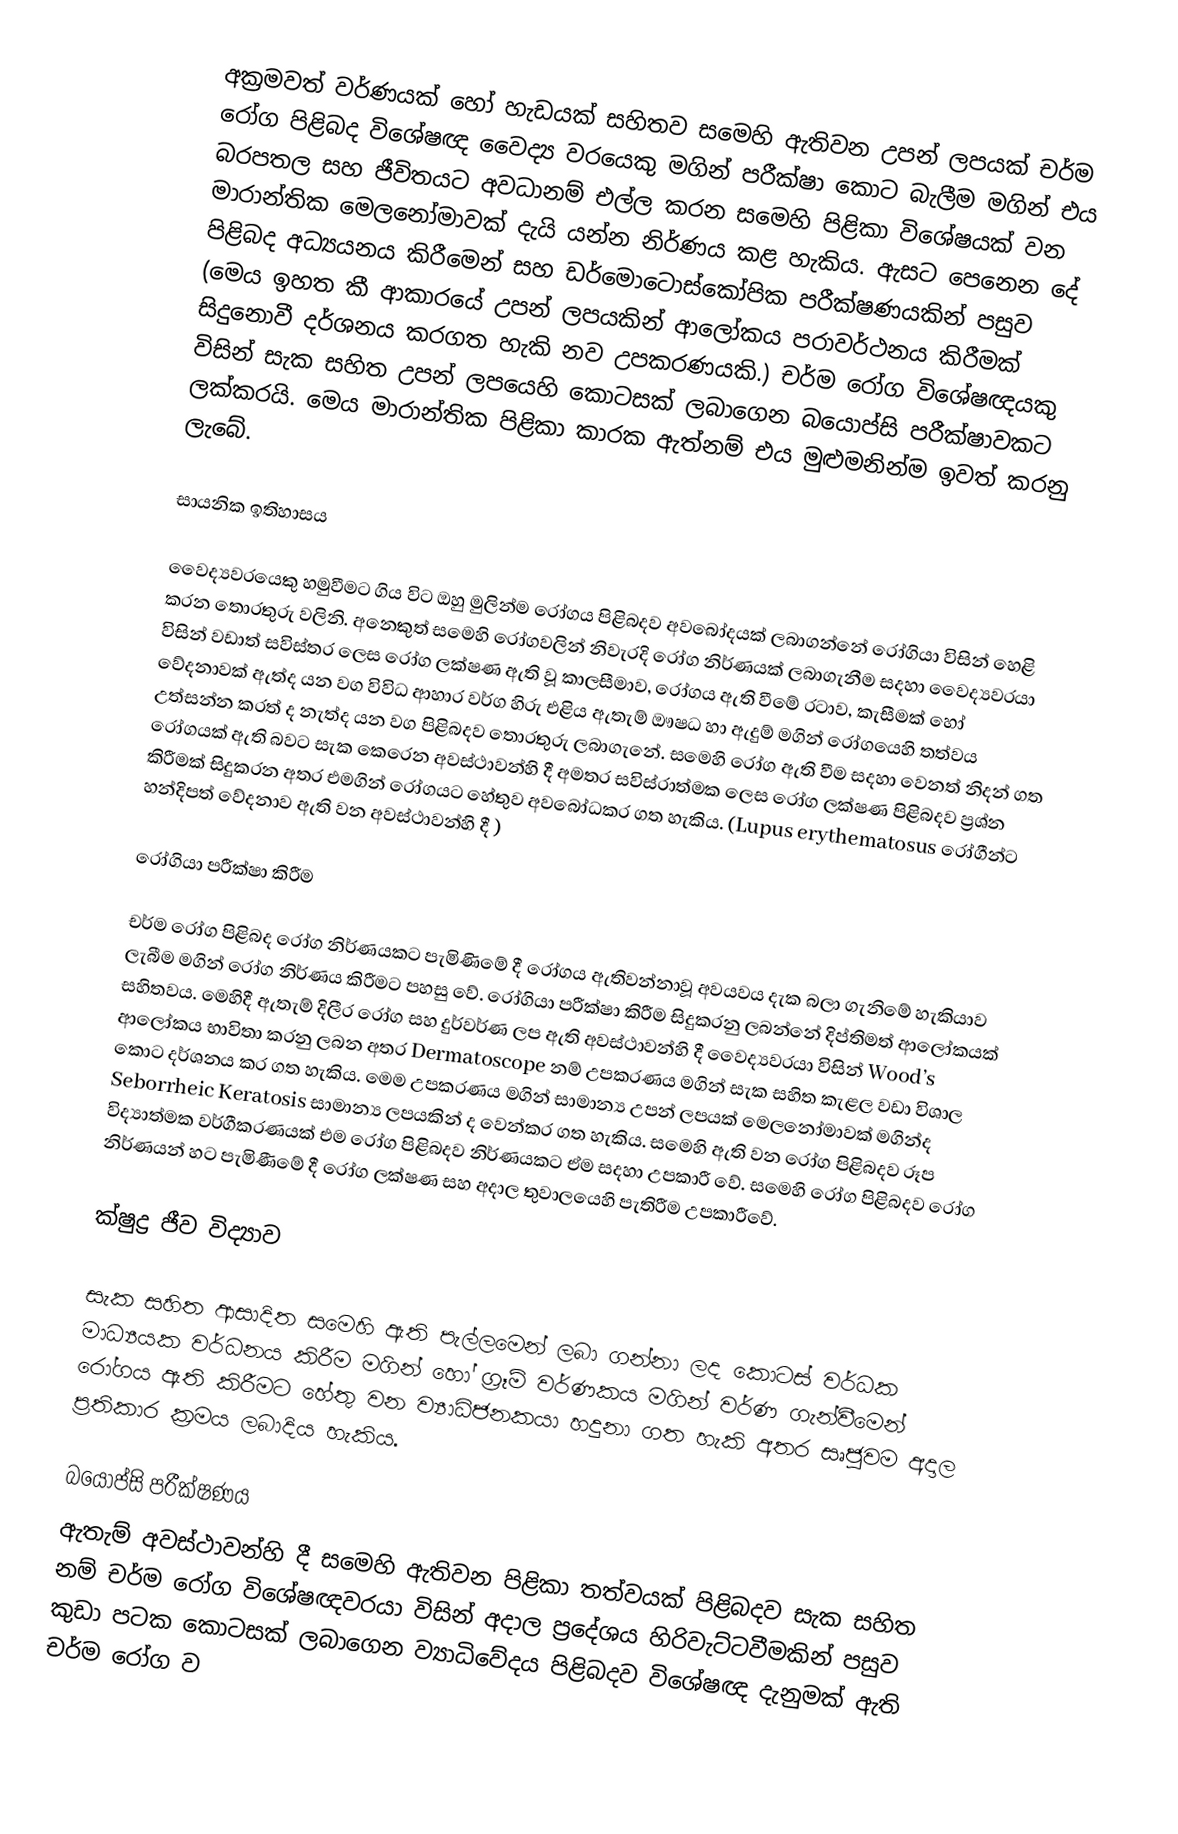
අක්‍රමවත් වර්ණයක් හෝ හැඩයක් සහිතව සමෙහි ඇතිවන උපන් ලපයක් චර්ම රෝග පිළිබද විශේෂඥ වෛද්‍ය වරයෙකු මගින් පරීක්ෂා කොට බැලීම  මගින් එය බරපතල සහ ජීවිතයට අවධානම් එල්ල කරන සමෙහි පිළිකා විශේෂයක් වන මාරාන්තික මෙලනෝමාවක් දැයි යන්න නිර්ණය කළ හැකිය. ඇසට පෙනෙන දේ පිළිබද අධ්‍යයනය කිරීමෙන් සහ ඩර්මොටොස්කෝපික පරීක්ෂණයකින් පසුව (මෙය ඉහත කී ආකාරයේ උපන් ලපයකින් ආලෝකය පරාවර්ථනය කිරීමක් සිදුනොවී දර්ශනය කරගත හැකි නව උපකරණයකි.) චර්ම රෝග විශේෂඥයකු විසින් සැක සහිත උපන් ලපයෙහි කොටසක් ලබාගෙන බයොප්සි පරීක්ෂාවකට ලක්කරයි. මෙය මාරාන්තික පිළිකා කාරක ඇත්නම් එය මුළුමනින්ම ඉවත් කරනු ලැබේ.

සායනික ඉතිහාසය

වෛද්‍යවරයෙකු හමුවීමට ගිය විට ඔහු මුලින්ම රෝගය පිළිබදව අවබෝදයක් ලබාගන්නේ රෝගියා විසින් හෙළි කරන තොරතුරු වලිනි. අනෙකුත් සමෙහි රෝගවලින් නිවැරදි රෝග නිර්ණයක් ලබාගැනීම සදහා වෛද්‍යවරයා විසින් වඩාත් සවිස්තර ලෙස රෝග ලක්ෂණ ඇති වූ කාලසීමාව, රෝගය ඇති වීමේ රටාව, කැසීමක් හෝ වේදනාවක් ඇත්ද යන වග විවිධ ආහාර වර්ග හිරු එළිය ඇතැම් ඖෂධ හා ඇදුම් මගින් රෝගයෙහි තත්වය උත්සන්න කරත් ද නැත්ද යන වග පිළිබදව තොරතුරු ලබාගැනේ. සමෙහි රෝග ඇති වීම සදහා වෙනත් නිදන් ගත රෝගයක් ඇති බවට සැක කෙරෙන අවස්ථාවන්හි දී අමතර සවිස්රාත්මක ලෙස රෝග ලක්ෂණ පිළිබදව ප්‍රශ්න කිරීමක් සිදුකරන අතර එමගින් රෝගයට හේතුව අවබෝධකර ගත හැකිය. (Lupus erythematosus රෝගීන්ට  හන්දිපත් වේදනාව ඇති වන අවස්ථාවන්හි දී )

රෝගියා පරීක්ෂා කිරීම

චර්ම රෝග පිළිබද රෝග නිර්ණයකට පැමිණිමේ දී රෝගය ඇතිවන්න‍ාවූ අවයවය දැක බලා ගැනිමේ හැකියාව ලැබීම මගින් රෝග නිර්ණය කිරීමට පහසු වේ. රෝගියා පරීක්ෂා කිරීම සිදුකරනු ලබන්නේ දිප්තිමත් ආලෝකයක් සහිතවය. මෙහිදී ඇතැම් දිලීර රෝග සහ දුර්වර්ණ ලප ඇති අවස්ථාවන්හි දී වෛද්‍යවරයා විසින් Wood’s ආලෝකය භාවිතා කරනු ලබන අතර Dermatoscope නම් උපකරණය මගින් සැක සහිත කැළල වඩා විශාල කොට දර්ශනය කර ගත හැකිය. මෙම උපකරණය මගින් සාමාන්‍ය උපන් ලපයක් මෙලනෝමාවක් මගින්ද Seborrheic Keratosis සාමාන්‍ය ලපයකින් ද වෙන්කර ගත හැකිය. සමෙහි ඇති වන රෝග පිළිබදව රූප විද්‍යාත්මක වර්ගීකරණයක් එම රෝග පිළිබදව නිර්ණයකට ඒම සදහා උපකාරී වේ. සමෙහි රෝග පිළිබදව රෝග නිර්ණයන් හට පැමිණීමේ දී රෝග ලක්ෂණ සහ අදාල තුවාලයෙහි පැතිරීම උපකාරීවේ.

ක්ෂුද්‍ර ජීව විද්‍යාව

සැක සහිත ආසාදිත සමෙහි ඇති පැල්ලමෙන් ලබා ගන්නා ලද කොටස් වර්ධක මාධ්‍යයක වර්ධනය කිරීම මගින් හෝ ග්‍රෑම් වර්ණකය මගින් වර්ණ ගැන්වීමෙන් රෝගය ඇති කිරීමට හේතු වන ව්‍යාධිජනකයා හදුනා ගත හැකි අතර සෘජුවම අදාල ප්‍රතිකාර ක්‍රමය ලබාදිය හැකිය.

බයොප්සි පරීක්ෂණය
ඇතැම් අවස්ථාවන්හි දී සමෙහි ඇතිවන පිළිකා තත්වයක් පිළිබදව සැක සහිත නම් චර්ම රෝග විශේෂඥවරයා විසින් අදාල ප්‍රදේශය හිරිවැට්ටවීමකින් පසුව කුඩා පටක කොටසක් ලබාගෙන ව්‍යාධිවේදය පිළිබදව විශේෂඥ දැනුමක් ඇති චර්ම රෝග ව